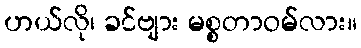
ဟယ်လို၊ ခင်ဗျား မစ္စတာဝမ်လား။